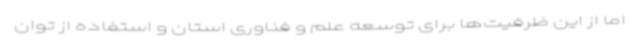
اما از این ظرفیت‌ها برای توسعه علم و فناوری استان و استفاده از توان